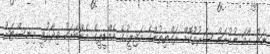
ނަން ހާމަ ނުކުރަން ޝަރުތުކޮށް ރައްޔިތުންގެ މަޖިލީހުގެ އެމްޑީޕީގެ މެންބަރަކު ވިދާޅުވީ މިނިސްޓަރު